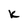
Character: K